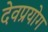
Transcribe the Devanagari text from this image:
देवप्रयोग